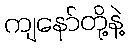
ကျနော်တို့နဲ့